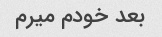
بعد خودم میرم